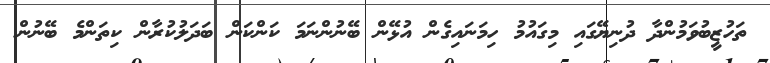
ތަހުޒީބުވަމުންދާ ދުނިޔޭގައި މިގައުމު ހިމަނައިގެން އުޅޭން ބޭނުންނަމަ ކަންކަން ބަދަލުކުރާން ކިތަންމެ ބޭނުން